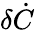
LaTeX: \delta\dot{C}